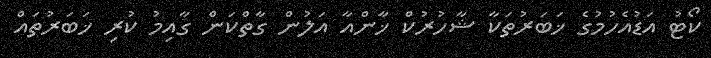
ކޯޓު އަޑުއެހުމުގެ ޚަބަރުތަކާ ޝާހުރުކް ޚާންއާ އަލުން ގާތްކަން ގާއިމު ކުރި ޚަބަރުތައް